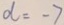
d = - 7